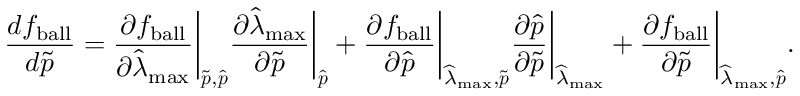
\frac { d f _ { \mathrm { { b a l l } } } } { d \widetilde { \boldsymbol { p } } } = \frac { \partial f _ { \mathrm { { b a l l } } } } { \partial \widehat { \lambda } _ { \mathrm { { m a x } } } } \bigg \lvert _ { \widetilde { \boldsymbol { p } } , \widehat { \boldsymbol { p } } } \frac { \partial \widehat { \lambda } _ { \mathrm { { m a x } } } } { \partial \widetilde { \boldsymbol { p } } } \bigg \lvert _ { \widehat { \boldsymbol { p } } } + \frac { \partial f _ { \mathrm { { b a l l } } } } { \partial \widehat { \boldsymbol { p } } } \bigg \lvert _ { \widehat { \lambda } _ { \mathrm { { m a x } } } , \widetilde { \boldsymbol { p } } } \frac { \partial \widehat { \boldsymbol { p } } } { \partial \widetilde { \boldsymbol { p } } } \bigg \lvert _ { \widehat { \lambda } _ { \mathrm { { m a x } } } } + \frac { \partial f _ { \mathrm { { b a l l } } } } { \partial \widetilde { \boldsymbol { p } } } \bigg \lvert _ { \widehat { \lambda } _ { \mathrm { { m a x } } } , \widehat { \boldsymbol { p } } } .